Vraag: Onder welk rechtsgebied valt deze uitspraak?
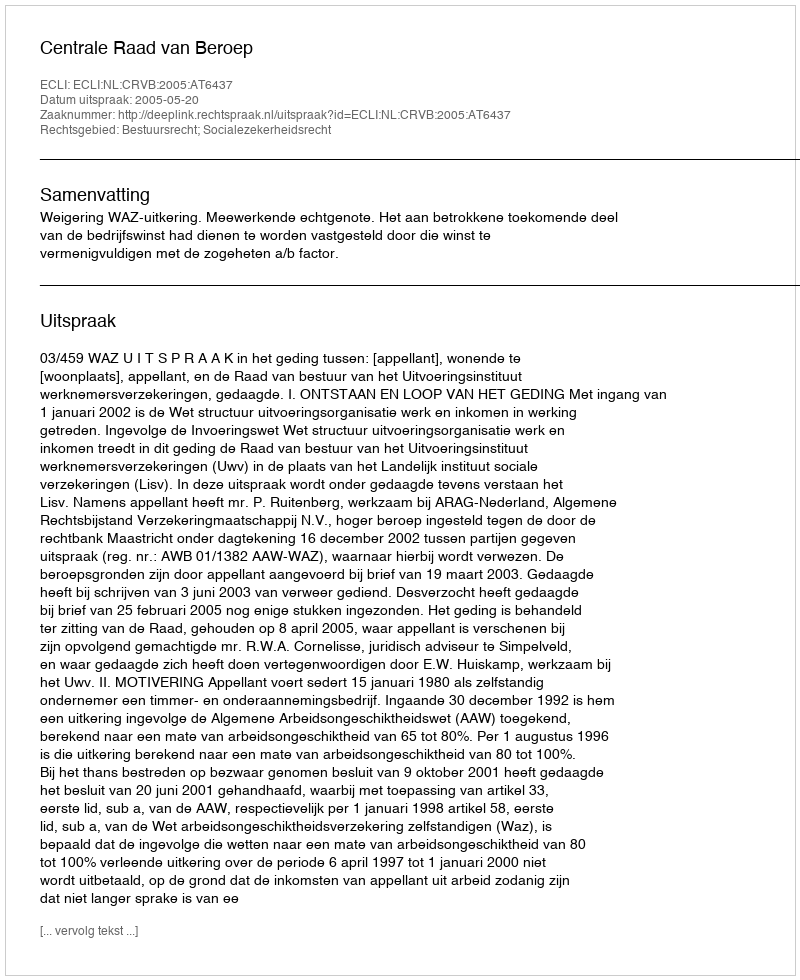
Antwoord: Bestuursrecht; Socialezekerheidsrecht